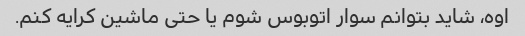
اوه، شاید بتوانم سوار اتوبوس شوم یا حتی ماشین کرایه کنم.